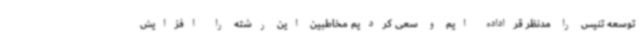
توسعه تنیس را مدنظر قراداده ایم و سعی کردیم مخاطبین این رشته را افزایش